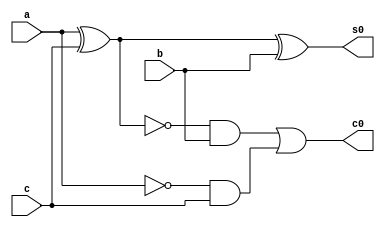
/*
PUC-Minas - Instituto de Informtica
ARQ1 Guia-05
Data de entrega:  30/08-03/09/2010
Nome: Washington Luis de Souza Ramos
Matricula: 407456
Prof.: Theldo Cruz
*/

module fullSubtractor (s0, c0, a, b, c);

input a, b, c;
output s0, c0;

xor (s1, a, c);
and (c1, ~a, c);
xor (s0, s1, b);
and (c2, ~s1, b);
or (c0, c2, c1);

endmodule//fullSubtractor

module halfSubtractor (s0, c0, a, b);

input a, b;
output s0, c0;

xor (s0, a, b);
and (c0, ~a, b);

endmodule//halfSubtractor

module teste;

reg a0, b0, a1, b1, a2, b2;
wire c0, c1, c2, s0, s1, s2;

halfSubtractor HS1 (s0, c0, a0, b0);
fullSubtractor FS1 (s1, c1, a1, b1, c0);
fullSubtractor FS2 (s2, c2, a2, b2, c1);

initial
begin
$display ("Full-Subtractor Gate Test");
$display ("Exercicio 02");
$display ("\n Nome: Washington Luis \n Matricula: 407456 \n");
$display ("(abc - cde) = resultado, vemUm\n");

	a2 = 0; a1 = 0; a0 = 0; b2 = 0; b1 = 0; b0 = 0;
$monitor ("(%b%b%b - %b%b%b) = %b%b%b, %b", a2, a1, a0, b2, b1, b0, s2, s1, s0, c2);

#1 a2 = 0; a1 = 0; a0 = 1; b2 = 1; b1 = 0; b0 = 1;
#1 a2 = 0; a1 = 1; a0 = 0; b2 = 0; b1 = 1; b0 = 0;
#1 a2 = 0; a1 = 1; a0 = 1; b2 = 1; b1 = 1; b0 = 0;
#1 a2 = 1; a1 = 0; a0 = 0; b2 = 0; b1 = 0; b0 = 0;
#1 a2 = 1; a1 = 0; a0 = 1; b2 = 0; b1 = 1; b0 = 1;
#1 a2 = 1; a1 = 1; a0 = 0; b2 = 0; b1 = 0; b0 = 0;
#1 a2 = 1; a1 = 1; a0 = 1; b2 = 0; b1 = 0; b0 = 1;

end

endmodule//teste